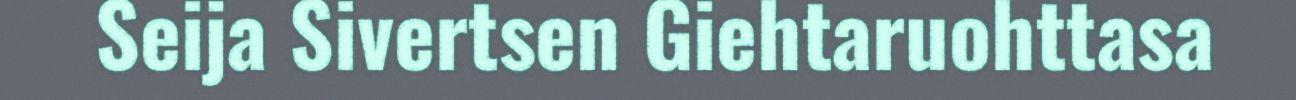
Seija Sivertsen Giehtaruohttasa